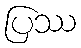
ပြဿ